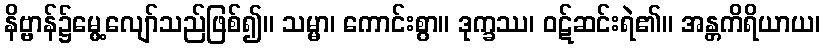
နိဗ္ဗာန်၌မွေ့လျော်သည်ဖြစ်၍။ သမ္မာ၊ ကောင်းစွာ။ ဒုက္ခဿ၊ ဝဋ်ဆင်းရဲ၏။ အန္တကိရိယာယ၊